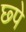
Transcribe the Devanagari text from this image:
छ्पे